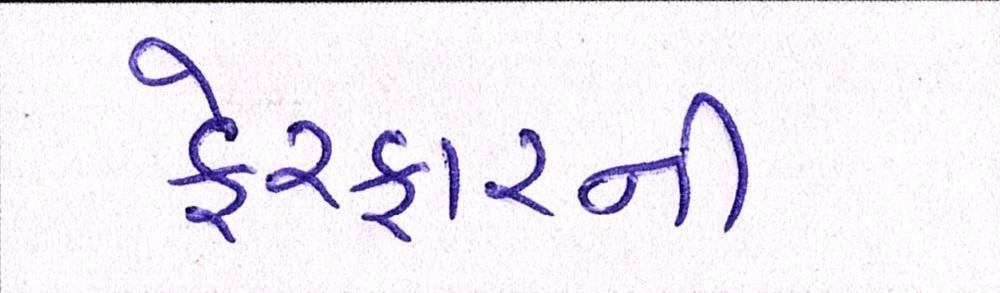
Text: ફેરફારની